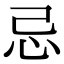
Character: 忌